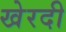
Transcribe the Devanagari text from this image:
खेरदी